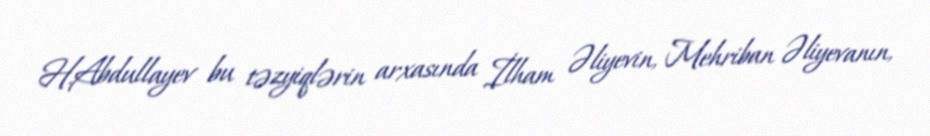
H.Abdullayev bu təzyiqlərin arxasında İlham Əliyevin, Mehriban Əliyevanın,